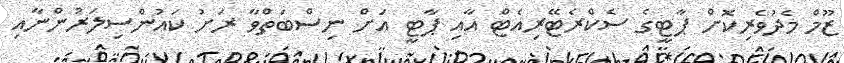
ޒޫމް މެދުވެރިކޮށް ޕާޓީގެ ސެކްރެޓޭރިއެޓް އާއި ޕާޓީ އަށް ނިސްބަތްވާ ރަށު ކައުންސިލަރުންނާއި